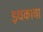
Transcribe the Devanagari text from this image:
इथकाचा